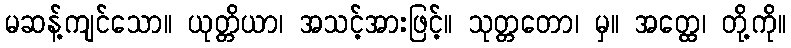
မဆန့်ကျင်သော။ ယုတ္တိယာ၊ အသင့်အားဖြင့်။ သုတ္တတော၊ မှ။ အတ္ထေ၊ တို့ကို။